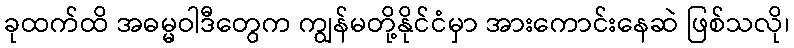
ခုထက်ထိ အဓမ္မဝါဒီတွေက ကျွန်မတို့နိုင်ငံမှာ အားကောင်းနေဆဲ ဖြစ်သလို၊